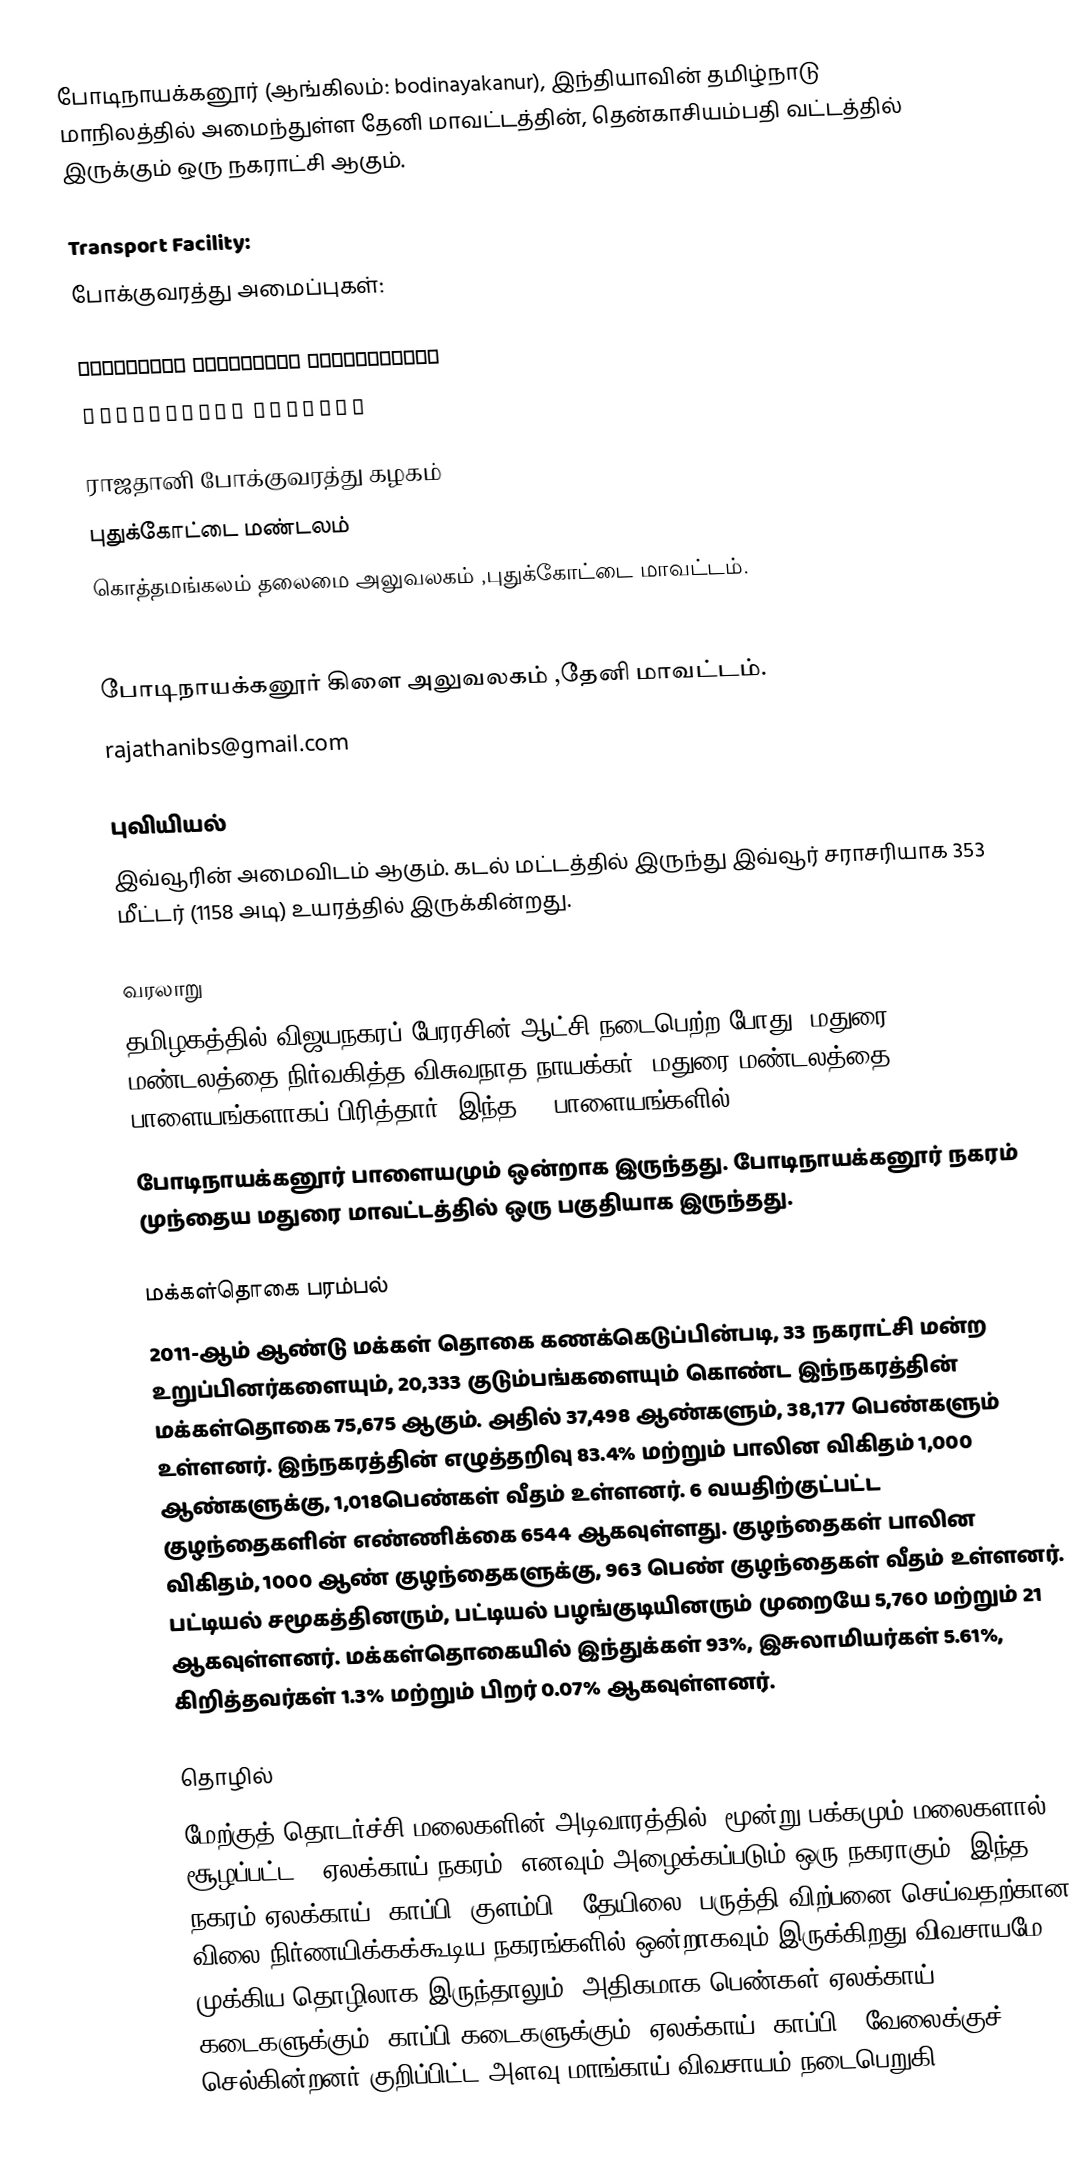
போடிநாயக்கனூர் (ஆங்கிலம்: bodinayakanur), இந்தியாவின் தமிழ்நாடு மாநிலத்தில் அமைந்துள்ள தேனி மாவட்டத்தின், தென்காசியம்பதி வட்டத்தில் இருக்கும் ஒரு நகராட்சி ஆகும்.

Transport Facility:
போக்குவரத்து அமைப்புகள்:

ℜ𝔞𝔧𝔞𝔱𝔥𝔞𝔫𝔦 𝔗𝔯𝔞𝔫𝔰𝔭𝔬𝔯𝔱 ℭ𝔬𝔯𝔭𝔬𝔯𝔞𝔱𝔦𝔬𝔫
𝔓𝔲𝔡𝔲𝔨𝔬𝔱𝔱𝔞𝔦 𝔏𝔦𝔪𝔦𝔱𝔢𝔡

ராஜதானி போக்குவரத்து கழகம்
புதுக்கோட்டை மண்டலம்
கொத்தமங்கலம் தலைமை அலுவலகம் ,புதுக்கோட்டை மாவட்டம்.
rajathanitransportcorporation@gmail.com

போடிநாயக்கனூர் கிளை அலுவலகம் ,தேனி மாவட்டம்.
rajathanibs@gmail.com

புவியியல்
இவ்வூரின் அமைவிடம்  ஆகும். கடல் மட்டத்தில் இருந்து இவ்வூர் சராசரியாக 353 மீட்டர் (1158 அடி) உயரத்தில் இருக்கின்றது.

வரலாறு
தமிழகத்தில் விஜயநகரப் பேரரசின் ஆட்சி நடைபெற்ற போது, மதுரை மண்டலத்தை நிர்வகித்த விசுவநாத நாயக்கர், மதுரை மண்டலத்தை 72 பாளையங்களாகப் பிரித்தார். இந்த 72 பாளையங்களில்
போடிநாயக்கனூர் பாளையமும் ஒன்றாக இருந்தது. போடிநாயக்கனூர் நகரம் முந்தைய மதுரை மாவட்டத்தில் ஒரு பகுதியாக இருந்தது.

மக்கள்தொகை பரம்பல்
2011-ஆம் ஆண்டு மக்கள் தொகை கணக்கெடுப்பின்படி,  33 நகராட்சி மன்ற உறுப்பினர்களையும், 20,333  குடும்பங்களையும் கொண்ட இந்நகரத்தின் மக்கள்தொகை 75,675  ஆகும். அதில் 37,498  ஆண்களும், 38,177   பெண்களும் உள்ளனர்.   இந்நகரத்தின் எழுத்தறிவு 83.4%   மற்றும் பாலின விகிதம் 1,000 ஆண்களுக்கு, 1,018பெண்கள் வீதம் உள்ளனர். 6 வயதிற்குட்பட்ட குழந்தைகளின் எண்ணிக்கை 6544  ஆகவுள்ளது. குழந்தைகள் பாலின விகிதம்,  1000 ஆண் குழந்தைகளுக்கு, 963 பெண் குழந்தைகள் வீதம் உள்ளனர். பட்டியல் சமூகத்தினரும், பட்டியல் பழங்குடியினரும்  முறையே 5,760 மற்றும் 21 ஆகவுள்ளனர். மக்கள்தொகையில் இந்துக்கள் 93%,  இசுலாமியர்கள் 5.61%, கிறித்தவர்கள் 1.3%  மற்றும் பிறர் 0.07% ஆகவுள்ளனர்.

தொழில்
மேற்குத் தொடர்ச்சி மலைகளின் அடிவாரத்தில், மூன்று பக்கமும் மலைகளால் சூழப்பட்ட, 'ஏலக்காய் நகரம்' எனவும் அழைக்கப்படும் ஒரு நகராகும். இந்த நகரம் ஏலக்காய், காப்பி "குளம்பி", தேயிலை, பருத்தி விற்பனை செய்வதற்கான, விலை நிர்ணயிக்கக்கூடிய நகரங்களில் ஒன்றாகவும் இருக்கிறது.விவசாயமே முக்கிய தொழிலாக இருந்தாலும், அதிகமாக பெண்கள் ஏலக்காய் கடைகளுக்கும், காப்பி கடைகளுக்கும் (ஏலக்காய்/ காப்பி ) வேலைக்குச் செல்கின்றனர்.குறிப்பிட்ட அளவு மாங்காய் விவசாயம் நடைபெறுகி